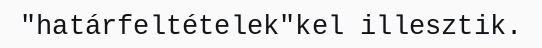
"határfeltételek"kel illesztik.